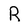
Character: R